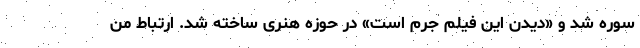
سوره شد و «دیدن این فیلم جرم است» در حوزه هنری ساخته شد. ارتباط من